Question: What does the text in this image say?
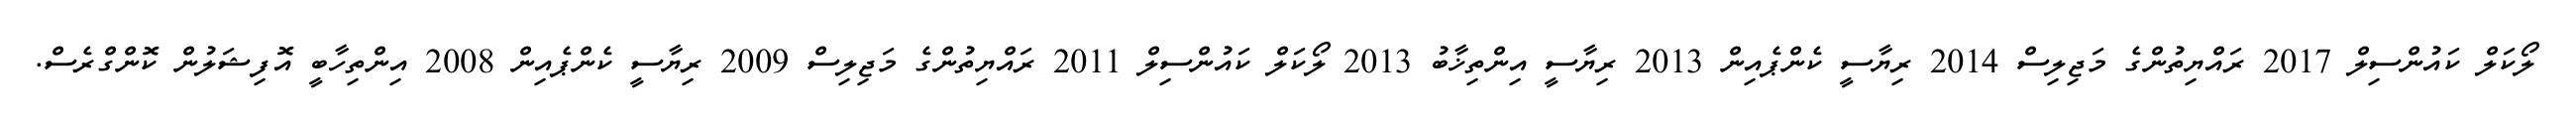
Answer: ލޯކަލް ކައުންސިލް 2017 ރައްޔިތުންގެ މަޖިލިސް 2014 ރިޔާސީ ކެންޕެއިން 2013 ރިޔާސީ އިންތިޚާބު 2013 ލޯކަލް ކައުންސިލް 2011 ރައްޔިތުންގެ މަޖިލިސް 2009 ރިޔާސީ ކެންޕެއިން 2008 އިންތިހާބީ އޮފިޝަލުން ކޮންގްރެސް.